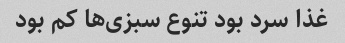
غذا سرد بود تنوع سبزی‌ها کم بود